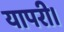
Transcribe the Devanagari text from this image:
यापरी।